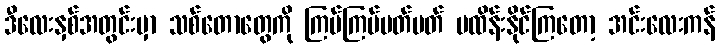
ဒီလေးနှစ်အတွင်းမှာ သစ်တောတွေကို ကြပ်ကြပ်မတ်မတ် မထိန်းနိုင်ကြတော့ အင်းလေးကန်